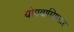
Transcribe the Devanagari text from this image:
योगवासिष्ठसार